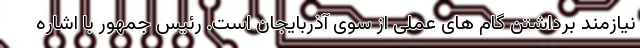
نیازمند برداشتن گام های عملی از سوی آذربایجان است. رئیس جمهور با اشاره